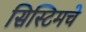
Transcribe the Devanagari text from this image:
सिस्टिमचे